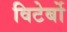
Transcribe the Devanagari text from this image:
विटेर्बो